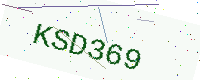
Text: KSD369